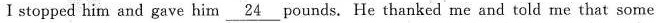
I stopped him and gave him \underline{24} pounds. He thanked me and told me that some